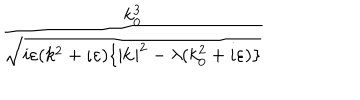
LaTeX: \frac { k _ { 0 } ^ { 3 } } { \sqrt { i \varepsilon ( k ^ { 2 } + \iota \varepsilon ) \{ | \mathbf { k } | ^ { 2 } - \lambda ( k _ { 0 } ^ { 2 } + i \varepsilon ) \} } }